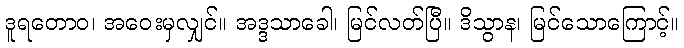
ဒူရတောဝ၊ အဝေးမှလျှင်။ အဒ္ဒသာခေါ၊ မြင်လတ်ပြီ။ ဒိသွာန၊ မြင်သောကြောင့်။